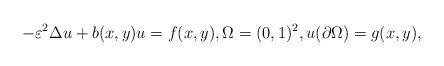
LaTeX: \begin{align*}-\varepsilon^2 \Delta u + b(x,y)u = f(x,y), \Omega=(0,1)^2, u(\partial\Omega)=g(x,y),\end{align*}